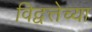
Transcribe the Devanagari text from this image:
विद्वत्तेच्या